Indian journal of veterinary science and animal husbandry - Volume 11,
Year: 1941
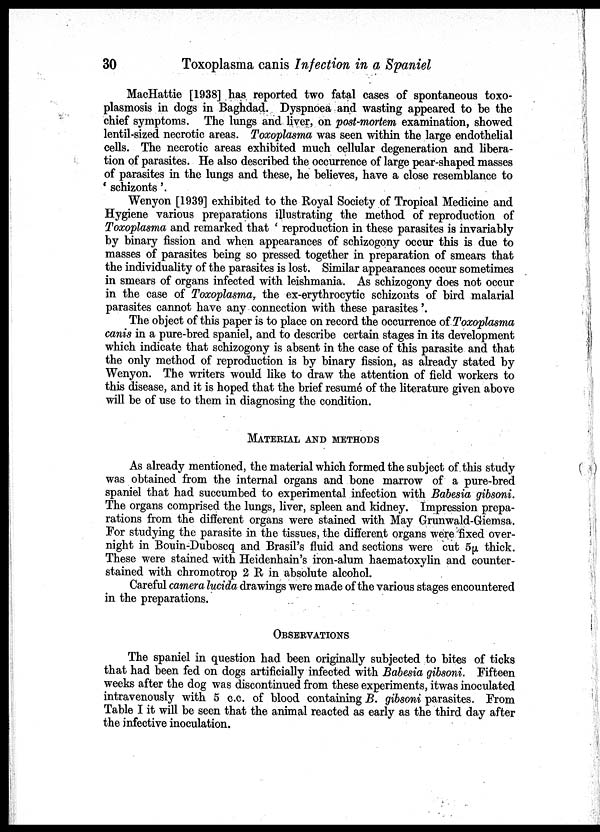
30
Toxoplasma canis Infection in a Spaniel
MacHattie [1938] has reported two fatal cases of spontaneous toxo-
plasmosis in dogs in Baghdad. Dyspnoea and wasting appeared to be the
chief symptoms. The lungs and liver, on post-mortem examination, showed
lentil-sized necrotic areas. Toxoplasma was seen within the large endothelial
cells. The necrotic areas exhibited much cellular degeneration and libera-
tion of parasites. He also described the occurrence of large pear-shaped masses
of parasites in the lungs and these, he believes, have a close resemblance to
' schizonts '.
Wenyon [1939] exhibited to the Royal Society of Tropical Medicine and
Hygiene various preparations illustrating the method of reproduction of
Toxoplasma and remarked that ' reproduction in these parasites is invariably
by binary fission and when appearances of schizogony occur this is due to
masses of parasites being so pressed together in preparation of smears that
the individuality of the parasites is lost. Similar appearances occur sometimes
in smears of organs infected with leishmania. As schizogony does not occur
in the case of Toxoplasma, the ex-erythrocytic schizonts of bird malarial
parasites cannot have any connection with these parasites '.
The object of this paper is to place on record the occurrence of Toxoplasma
canis in a pure-bred spaniel, and to describe certain stages in its development
which indicate that schizogony is absent in the case of this parasite and that
the only method of reproduction is by binary fission, as already stated by
Wenyon. The writers would like to draw the attention of field workers to
this disease, and it is hoped that the brief resumé of the literature given above
will be of use to them in diagnosing the condition.
MATERIAL AND METHODS
As already mentioned, the material which formed the subject of this study
was obtained from the internal organs and bone marrow of a pure-bred
spaniel that had succumbed to experimental infection with Babesia gibsoni.
The organs comprised the lungs, liver, spleen and kidney. Impression prepa-
rations from the different organs were stained with May Grunwald-Giemsa.
For studying the parasite in the tissues, the different organs were fixed over-
night in Bouin-Duboscq and Brasil's fluid and sections were cut 5µ thick.
These were stained with Heidenhain's iron-alum haematoxylin and counter-
stained with chromotrop 2 R in absolute alcohol.
Careful camera lucida drawings were made of the various stages encountered
in the preparations.
OBSERVATIONS
The spaniel in question had been originally subjected to bites of ticks
that had been fed on dogs artificially infected with Babesia gibsoni. Fifteen
weeks after the dog was discontinued from these experiments, it was inoculated
intravenously with 5 c.c. of blood containing B. gibsoni parasites. From
Table I it will be seen that the animal reacted as early as the third day after
the infective inoculation.